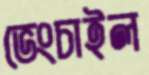
ভেংচাইল